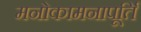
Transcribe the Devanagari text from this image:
मनोकामनापूर्ति